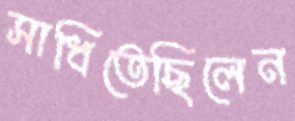
সাধিতেছিলেন